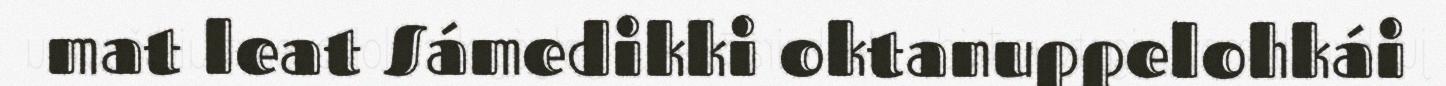
mat leat Sámedikki oktanuppelohkái